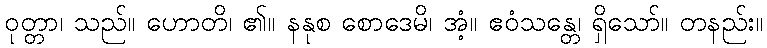
ဝုတ္တာ၊ သည်။ ဟောတိ၊ ၏။ နနုစ စောဒေမိ၊ အံ့။ ဧဝံသန္တေ၊ ရှိသော်။ တနည်း။